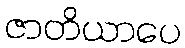
ဇာတိယာပေ